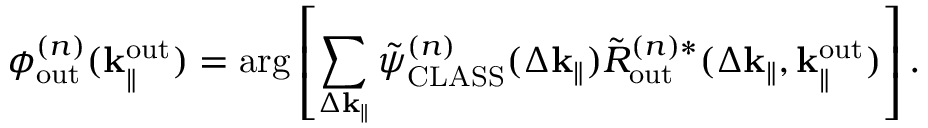
\phi _ { \mathrm { o u t } } ^ { ( n ) } ( \mathbf { k } _ { \parallel } ^ { \mathrm { o u t } } ) = \arg \left[ \sum _ { \Delta \mathbf { k } _ { \parallel } } \Tilde { \psi } _ { \mathrm { C L A S S } } ^ { ( n ) } ( \Delta \mathbf { k } _ { \parallel } ) \Tilde { R } _ { \mathrm { o u t } } ^ { ( n ) \ast } ( \Delta \mathbf { k } _ { \parallel } , \mathbf { k } _ { \parallel } ^ { \mathrm { o u t } } ) \right] .